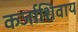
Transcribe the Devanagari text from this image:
कर्जाशिवाय